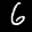
Label: 6